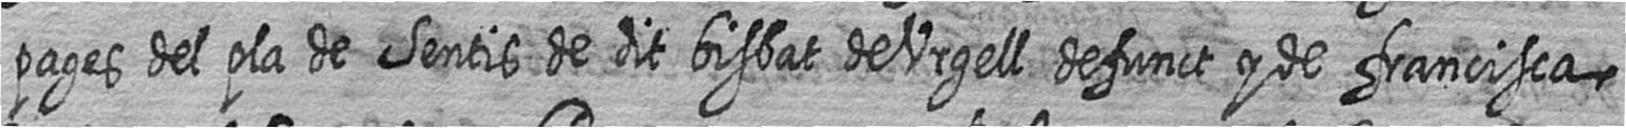
pages del pla de Sentis de dit bisbat de Urgell defunct y de francisca